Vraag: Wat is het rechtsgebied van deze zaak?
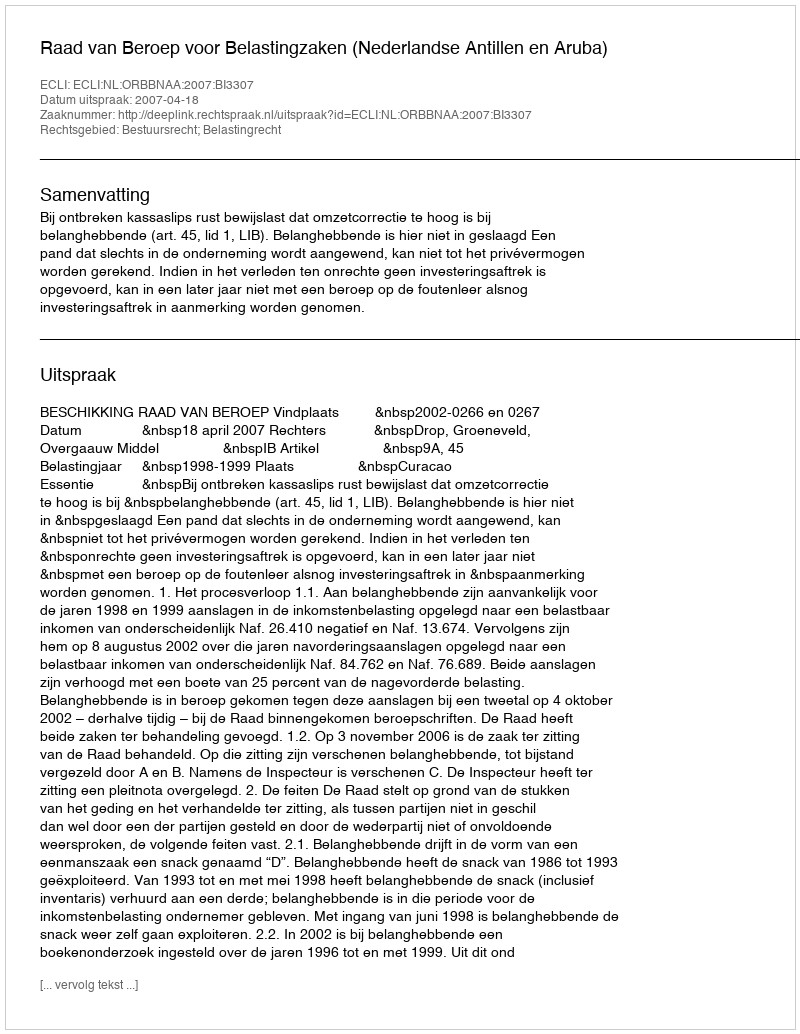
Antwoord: Bestuursrecht; Belastingrecht